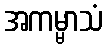
အကမ္မာသံ